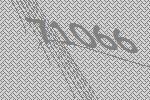
71066